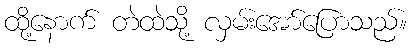
ထို့နောက် တဲထဲသို့ လှမ်းအော်ပြောသည်။